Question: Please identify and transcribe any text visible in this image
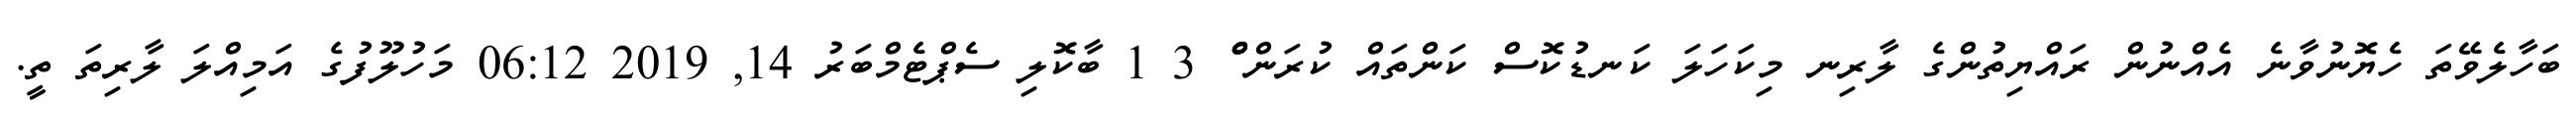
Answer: ބަހާލެވޭތަ ހެޔޮނުވާނެ އެއްނުން ރައްޔިތުންގެ ލާރިނ މިކަހަލަ ކަނޑުކޮސް ކަންތައް ކުރަން ްްްް 3 1 ބާކޮލި ސެޕްޓެމްބަރު 14, 2019 06:12 މަހުލޫފުގެ އަމިއްލަ ލާރިތަ ތީ.